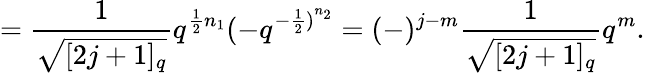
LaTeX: =\frac{1}{\sqrt{[2j+1]_{q}}}q^{\frac{1}{2}n_{1}}(-q^{{-\frac{1}{2})}^{n_{2}}}=(-)^{j-m}\frac{1}{\sqrt{[2j+1]_{q}}}q^{m}.